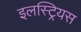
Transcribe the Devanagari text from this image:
इलस्ट्रियस